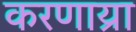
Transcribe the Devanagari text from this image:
करणाय्रा